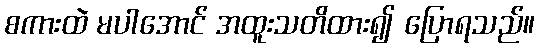
စကားထဲ မပါအောင် အထူးသတိထား၍ ပြောရသည်။